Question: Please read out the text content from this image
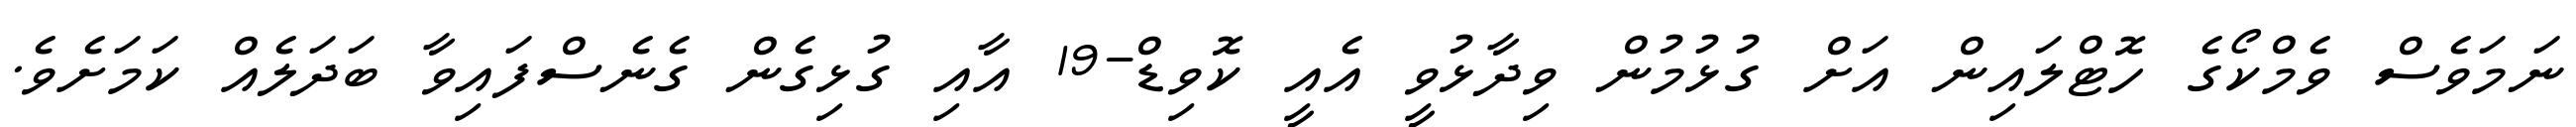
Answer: ނަމަވެސް ވެމްކޯގެ ހޮޓްލައިން އަށް ގުޅުމުން ވިދާޅުވީ އެއީ ކޮވިޑް-19 އާއި ގުޅިގެން ގެނެސްފައިވާ ބަދަލެއް ކަމަށެވެ.